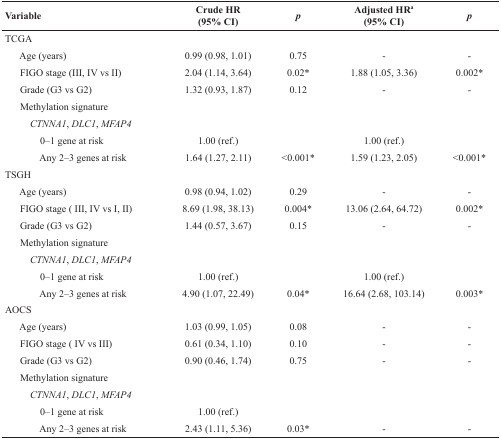
| Variable | Crude HR (95% CI) | p | Adjusted HRa (95% CI) | p |
 | --- | --- | --- | --- | --- |
 | TCGA |  |  |  |  |
 | Age (years) | 0.99 (0.98, 1.01) | 0.75 | - | - |
 | FIGO stage (III, IV vs II) | 2.04 (1.14, 3.64) | 0.02* | 1.88 (1.05, 3.36) | 0.002* |
 | Grade (G3 vs G2) | 1.32 (0.93, 1.87) | 0.12 | - | - |
 | Methylation signature |  |  |  |  |
 | CTNNA1, DLC1, MFAP4 |  |  |  |  |
 | 0–1 gene at risk | 1.00 (ref.) |  | 1.00 (ref.) |  |
 | Any 2–3 genes at risk | 1.64 (1.27, 2.11) | <0.001* | 1.59 (1.23, 2.05) | <0.001* |
 | TSGH |  |  |  |  |
 | Age (years) | 0.98 (0.94, 1.02) | 0.29 | - | - |
 | FIGO stage (III, IV vs I, II) | 8.69 (1.98, 38.13) | 0.004* | 13.06 (2.64, 64.72) | 0.002* |
 | Grade (G3 vs G2) | 1.44 (0.57, 3.67) | 0.15 | - | - |
 | Methylation signature |  |  |  |  |
 | CTNNA1, DLC1, MFAP4 |  |  |  |  |
 | 0–1 gene at risk | 1.00 (ref.) |  | 1.00 (ref.) |  |
 | Any 2–3 genes at risk | 4.90 (1.07, 22.49) | 0.04* | 16.64 (2.68, 103.14) | 0.003* |
 | AOCS |  |  |  |  |
 | Age (years) | 1.03 (0.99, 1.05) | 0.08 | - | - |
 | FIGO stage (IV vs III) | 0.61 (0.34, 1.10) | 0.10 | - | - |
 | Grade (G3 vs G2) | 0.90 (0.46, 1.74) | 0.75 | - | - |
 | Methylation signature |  |  |  |  |
 | CTNNA1, DLC1, MFAP4 |  |  |  |  |
 | 0–1 gene at risk | 1.00 (ref.) |  |  |  |
 | Any 2–3 genes at risk | 2.43 (1.11, 5.36) | 0.03* | - | - |